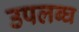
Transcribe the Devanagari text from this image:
उपलब्‍घ